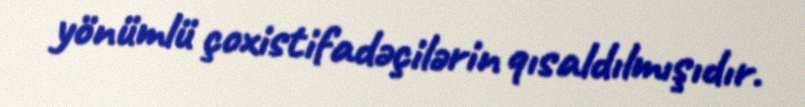
yönümlü çoxistifadəçilərin qısaldılmışıdır.